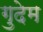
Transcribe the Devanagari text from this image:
गुदेम